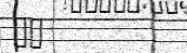
٦١